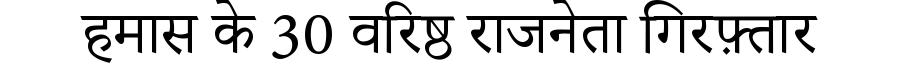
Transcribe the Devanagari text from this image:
हमास के 30 वरिष्ठ राजनेता गिरफ़्तार